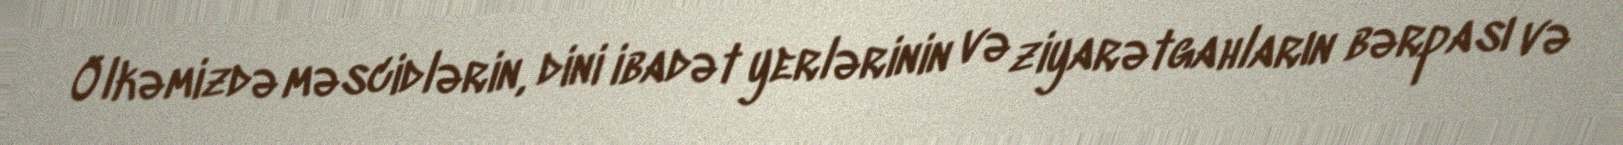
Ölkəmizdə məscidlərin, dini ibadət yerlərinin və ziyarətgahların bərpası və